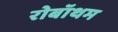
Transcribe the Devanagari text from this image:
रोबॉथम